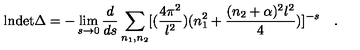
\mathrm { l n d e t } \Delta = - \lim _ { s \to 0 } { \frac { d } { d s } } \sum _ { n _ { 1 } , n _ { 2 } } [ ( { \frac { 4 \pi ^ { 2 } } { l ^ { 2 } } } ) ( n _ { 1 } ^ { 2 } + { \frac { ( n _ { 2 } + \alpha ) ^ { 2 } l ^ { 2 } } { 4 } } ) ] ^ { - s } \quad .